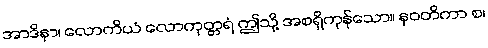
အာဒိနာ၊ လောကိယံ လောကုတ္တရံ ဤသို့ အစရှိကုန်သော။ နဝတိကာ စ၊